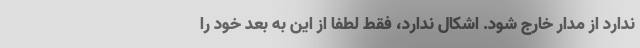
ندارد از مدار خارج شود. اشکال ندارد، فقط لطفا از این به بعد خود را